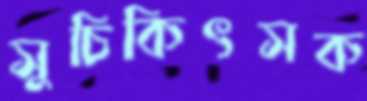
সুচিকিৎসক